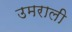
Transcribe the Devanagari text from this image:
उमराली